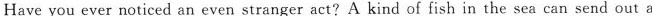
Have you ever noticed an even stranger act?A kind of fish in the sea can send out a